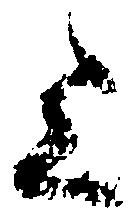
上